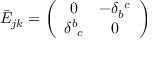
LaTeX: \bar { \cal E } _ { j k } = \left( \begin{array} { c c } { { 0 } } & { { - \delta _ { b } ^ { ~ c } } } \\ { { \delta _ { ~ c } ^ { b } } } & { { 0 } } \end{array} \right)